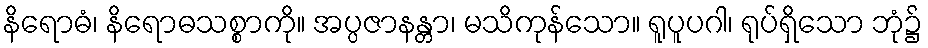
နိရောဓံ၊ နိရောဓသစ္စာကို။ အပ္ပဇာနန္တာ၊ မသိကုန်သော။ ရူပူပဂါ၊ ရုပ်ရှိသော ဘုံ၌